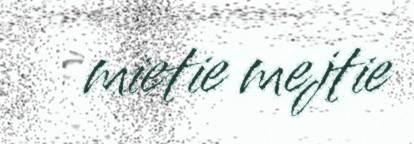
mietie mejtie